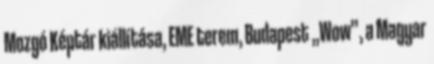
Mozgó Képtár kiállítása, EME terem, Budapest „Wow”, a Magyar